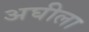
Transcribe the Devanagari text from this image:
अघीला